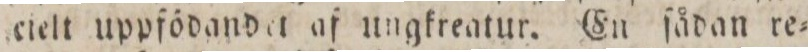
cielt uppfödandet af ungkreatur. En ſådan re=